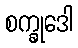
စက္ခုဒေါ